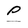
Character: P